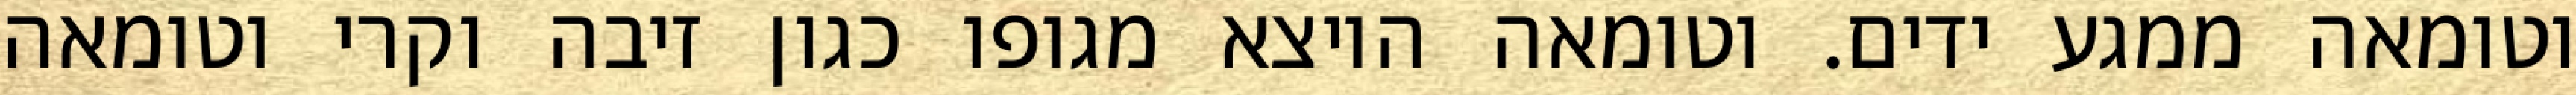
וטומאה ממגע ידים. וטומאה היוצא מגופו כגון זיבה וקרי וטומאה